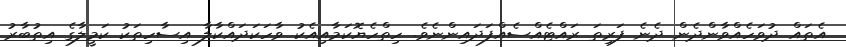
އެތައް ދުވަހެއްވާންދެން ދެނެ ފަރިތަ ރައްޓެއްސެއްފަދައިންނެވެ. ހިތްހެޔޮކަމާއިއެކު ވާހަކަދައްކާލާ އިސާހިތަކު ކަމީލާގެ އިތުބާރު